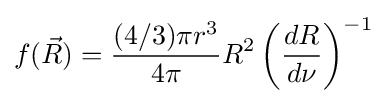
f({\vec {R}})={\frac {(4/3)\pi r^{3}}{4\pi }}R^{2}\left({\frac {dR}{d\nu }}\right)^{-1}